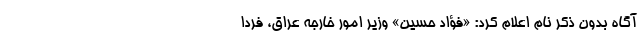
آگاه بدون ذکر نام اعلام کرد: «فؤاد حسین» وزیر امور خارجه عراق، فردا